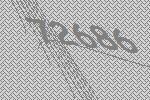
72686